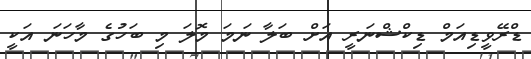
ޑްރޭވީޑިއަމް ޑިކްޝްނަރީ އަށް ބަލާ ނަމަ މޮލަ މި ބަހުގެ މާހަނަ އަކީ